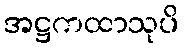
အဋ္ဌကထာသုပိ